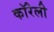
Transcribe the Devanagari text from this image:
कॉरेली